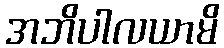
အဘိပါလယာမိ